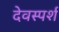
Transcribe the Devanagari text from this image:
देवस्पर्श